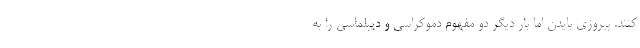
کنند. پیروزی بایدن اما بار دیگر دو مفهوم دموکراسی و دیپلماسی را به